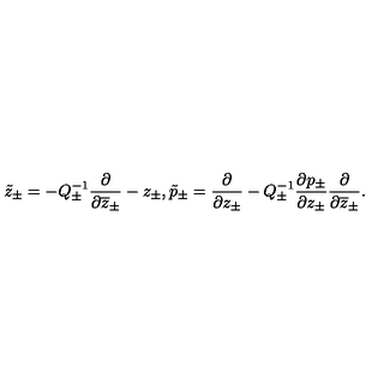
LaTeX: \tilde { z } _ { \pm } = - Q _ { \pm } ^ { - 1 } \displaystyle \displaystyle \frac { \partial } { \partial \overline { { z } } _ { \pm } } - z _ { \pm } , \tilde { p } _ { \pm } = \displaystyle \displaystyle \frac { \partial } { \partial z _ { \pm } } - Q _ { \pm } ^ { - 1 } \displaystyle \frac { \partial p _ { \pm } } { \partial z _ { \pm } } \displaystyle \displaystyle \frac { \partial } { \partial \overline { { z } } _ { \pm } } .